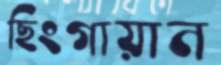
ছিংগায়ান